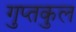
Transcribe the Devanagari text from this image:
गुप्तकुल